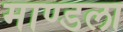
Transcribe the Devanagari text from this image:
माण्डला